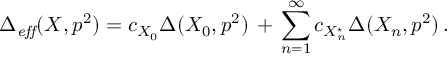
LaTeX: \Delta _ { \mathit { e f f } } ( X , p ^ { 2 } ) = c _ { X _ { 0 } } \Delta ( X _ { 0 } , p ^ { 2 } ) \, + \, \sum _ { n = 1 } ^ { \infty } c _ { X _ { n } ^ { \star } } \Delta ( X _ { n } , p ^ { 2 } ) \, .